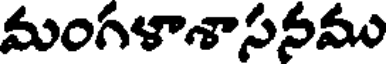
మంగళాశాసనము